Calcutta medical institutions reports 1892-1900
Year: 1892
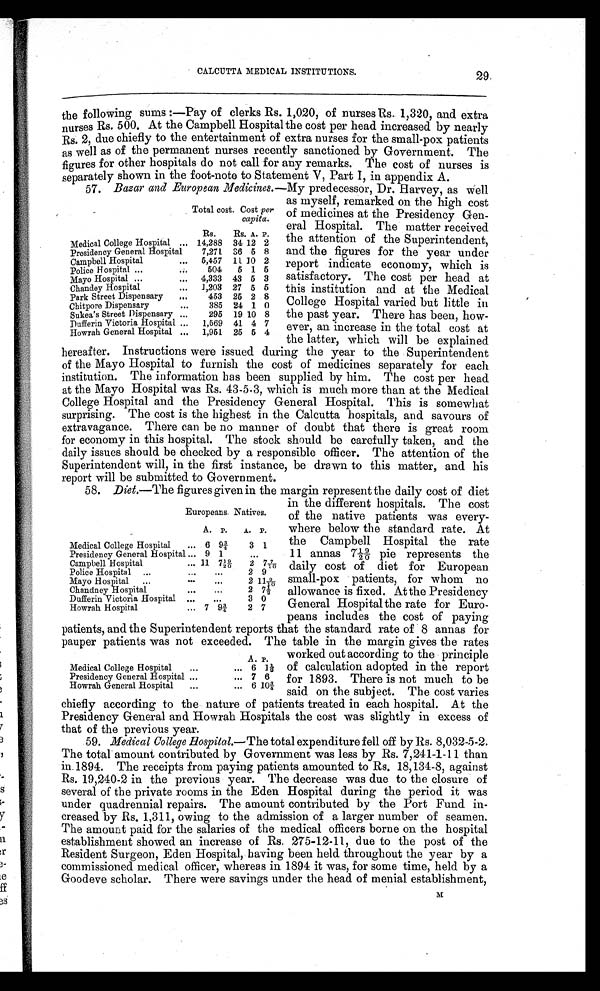
CALCUTTA MEDICAL INSTITUTIONS.
2 9
the following sums:—Pay of clerks 1,020, of nurses Rs. 1,320, and extra
nurses Rs. 500. At the Campbell Hospital the cost per head increased by nearly
Rs. 2, due chiefly to the entertainment of extra nurses for the small-pox patients
as well as of the permanent nurses recently sanctioned by Government. The
figures for other hospitals do not call for any remarks. The cost of nurses is
separately shown in the foot-note to Statement V, Part I, in appendix A.
57.
Bazar and European Medicines. —My predecessor, Dr. Harvey, as well
as myself, remarked on the high cost
of medicines at the Presidency Gen-
eral Hospital. The matter received
the attention of the Superintendent,
and the figures for the year under
report indicate economy, which is
satisfactory. The cost per head at
this institution and at the Medical
College Hospital varied but little in
the past year. There has been, how-
ever, an increase in the total cost at
the latter, which will be explained
hereafter. Instructions were issued during the year to the Superintendent
of the Mayo Hospital to furnish the cost of medicines separately for each
institution. The information has been supplied by him. The cost per head
at the Mayo Hospital was Rs. 43-5-3, which is much more than at the Medical
College Hospital and the Presidency General Hospital. This is somewhat
surprising. The cost is the highest in the Calcutta hospitals, and savours of
extravagance. There can be no manner of doubt that there is great room
for economy in this hospital. The stock should be carefully taken, and the
daily issues should be checked by a responsible officer. The attention of the
Superintendent will, in the first instance, be drawn to this matter, and his
report will be submitted to Government.
58.
Diet. —The figures given in the margin represent the daily cost of diet
in the different hospitals. The cost
of the native patients was every-
where below the standard rate. At
the Campbell Hospital the rate
11 annas 719/20 pie represents the
daily cost of diet for European
small-pox patients, for whom no
allowance is fixed. At the Presidency
General Hospital the rate for Euro-
peans includes the cost of paying
patients, and the superintendent reports that the standard rate of 8 annas for
pauper patients was not exceeded. The table in the margin gives the rates
worked out according to the principle
of calculation adopted in the report
for 1893. There is not much to be
said on the subject. The cost varies
chiefly according to the nature of patients treated in each hospital. At the
Presidency General and Howrah Hospitals the cost was slightly in excess of
that of the previous year.
59.
Medical College Hospital. —The total expenditure fell off by Rs. 8,032-5-2.
The total amount contributed by Government was less by Rs. 7,241-1-11 than
in. 1894. The receipts from paying patients amounted to Rs. 18,134-8, against
Rs. 19,240-2 in the previous year. The decrease was due to the closure of
several of the private rooms in the Eden Hospital during the period it was
under quadrennial repairs. The amount contributed by the Port Fund i
n - c r e a s e d b y R s . 1 , 3 1 1 , o w i n g t o t h e a d m i s s i o n o f a l a r g e r n u m b e r o f s e a m e n .
The amount paid for the salaries of the medical officers borne on the hospital
establishment showed an increase of Rs, 275-12-11, due to the post of the
Resident Surgeon, Eden Hospital, having been held throughout the year by a
commissioned medical officer, whereas in 1894 it was, for some time, held by a
Goodeve scholar. There were savings under the head of menial establishment, M
Total cost. Cost per
capita.
Rs.
Rs. A. P.
Medical College Hospital
14,288 34 12 2
Presidency General Hospital
7,271 36 5 8
Campbell Hospital
5,457 11 10 2
Police Hospital
504
5 1 5
Mayo Hospital
4,333 43 5 3
Chandey Hospital
1,203 27 5 5
Park Street Dispensary
453 25 2 8
Chitpore Dispensary
385 24 1 0
Sukea's Street Dispensary
295 19 10 8
Dufferin Victoria Hospital
1,569 41 4 7
Howrah General Hospital
1,951 25 5 4
Europeans Natives.
A. P.
A. P.
Medical College Hospital
6 9¾
3 1
Presidency General Hospital
9 1
Campbell Hospital
11 719/20
2 77/10
Police Hospital
2 9
Mayo Hospital
2 119/10
Chandney Hospital
2 7½
Dufferin Victoria Hospital
3 0
Howrah Hospital
7 9¾
2 7
A. P.
Medical College Hospital
6 1½
Presidency General Hospital
7 6
Howrah General Hospital
6 10¾